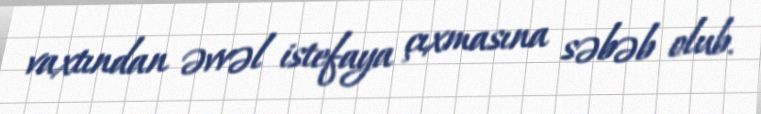
vaxtından əvvəl istefaya çıxmasına səbəb olub.